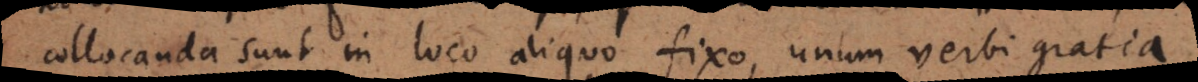
collocanda sunt in loco aliquo fixo, unum verbi gratia